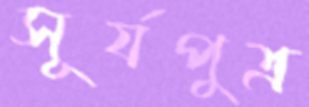
সূর্যপুত্র